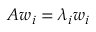
A w _ { i } = \lambda _ { i } w _ { i }